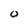
Character: 0